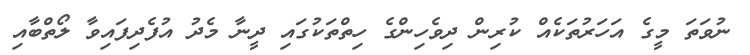
ނުވަތަ މީގެ އަހަރުތަކެއް ކުރިން ދިވެހިންގެ ހިތްތަކުގައި ދީނާ މެދު އުފެދިފައިވާ ލޯތްބާއި